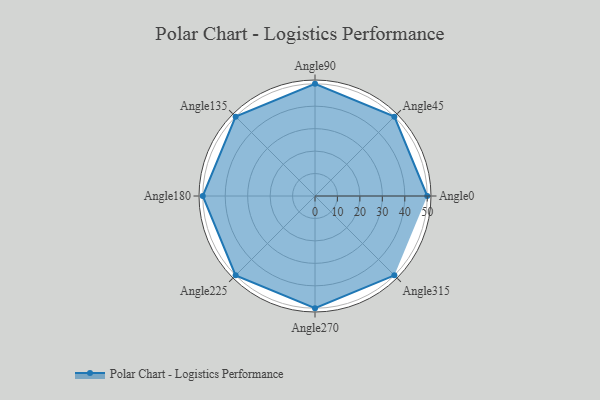
{"axis": {"x": "Angle", "y": "Radius"}, "legend": [""], "data": [{"x": "Angle0", "y": 50, "type": ""}, {"x": "Angle45", "y": 50, "type": ""}, {"x": "Angle90", "y": 50, "type": ""}, {"x": "Angle135", "y": 50, "type": ""}, {"x": "Angle180", "y": 50, "type": ""}, {"x": "Angle225", "y": 50, "type": ""}, {"x": "Angle270", "y": 50, "type": ""}, {"x": "Angle315", "y": 50, "type": ""}]}